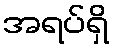
အရပ်ရှိ